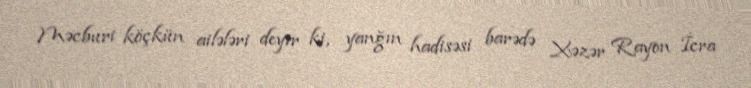
Məcburi köçkün ailələri deyir ki, yanğın hadisəsi barədə Xəzər Rayon İcra